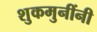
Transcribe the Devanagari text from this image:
शुकमुनींनी